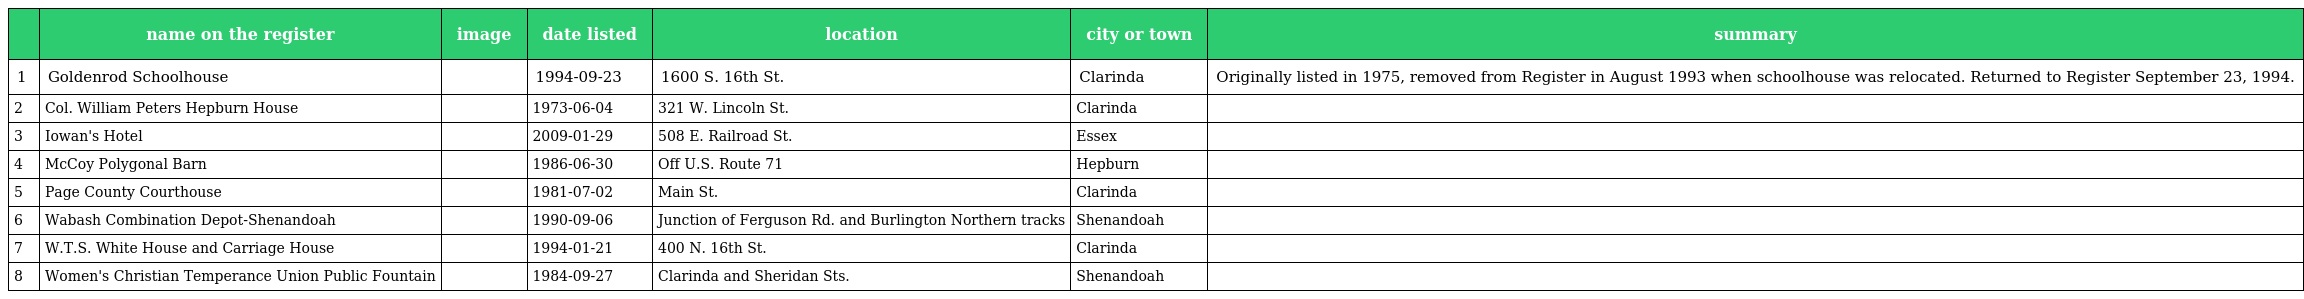
|  | name on the register | image | date listed | location | city or town | summary |
 | --- | --- | --- | --- | --- | --- | --- |
 | 1 | Goldenrod Schoolhouse |  | 1994-09-23 | 1600 S. 16th St. | Clarinda | Originally listed in 1975, removed from Register in August 1993 when schoolhouse was relocated. Returned to Register September 23, 1994. |
 | 2 | Col. William Peters Hepburn House |  | 1973-06-04 | 321 W. Lincoln St. | Clarinda |  |
 | 3 | Iowan's Hotel |  | 2009-01-29 | 508 E. Railroad St. | Essex |  |
 | 4 | McCoy Polygonal Barn |  | 1986-06-30 | Off U.S. Route 71 | Hepburn |  |
 | 5 | Page County Courthouse |  | 1981-07-02 | Main St. | Clarinda |  |
 | 6 | Wabash Combination Depot-Shenandoah |  | 1990-09-06 | Junction of Ferguson Rd. and Burlington Northern tracks | Shenandoah |  |
 | 7 | W.T.S. White House and Carriage House |  | 1994-01-21 | 400 N. 16th St. | Clarinda |  |
 | 8 | Women's Christian Temperance Union Public Fountain |  | 1984-09-27 | Clarinda and Sheridan Sts. | Shenandoah |  |